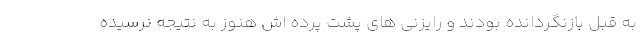
به قبل بازنگردانده بودند و رایزنی های پشت پرده اش هنوز به نتیجه نرسیده